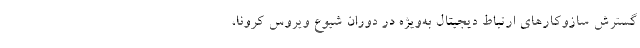
گسترش سازوکارهای ارتباط دیجیتال به‌ویژه در دوران شیوع ویروس کرونا،